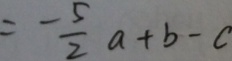
= - \frac { 5 } { 2 } a + b - c